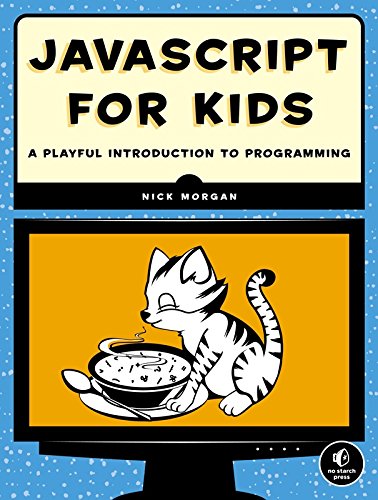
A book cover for JavaScript for Kids: A Playful Introduction to Programming; Nick Morgan; Computers & Technology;